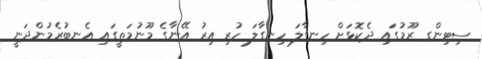
ސިޓިންގ ރޫމުގައި ދެކޮޅަށް ހިނގާލަ ހިނގާލަ ހުރި އިރު އޭނާގެ މޫނުމަތީގައި އެނބުރެމުންދަނީ